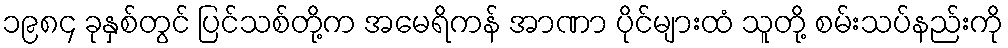
၁၉၈၄ ခုနှစ်တွင် ပြင်သစ်တို့က အမေရိကန် အာဏာ ပိုင်များထံ သူတို့ စမ်းသပ်နည်းကို